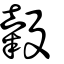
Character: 糓